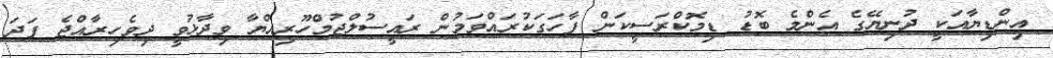
އިންޑިޔާއަކީ ދުނިޔޭގެ އެންމެ ބޮޑު ޑިމޮކްރަސީކަން ފާހަގަކުރައްވަމުން ރައީސުލްޖުމްހޫރިއްޔާ ވިދާޅުވީ ދިވެހިރާއްޖެ ފަދަ